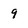
Character: 9